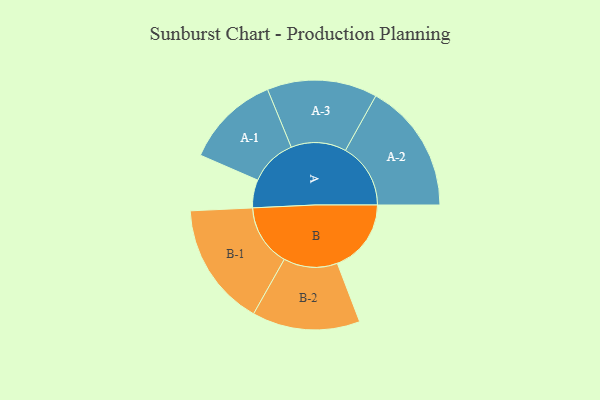
{"axis": {"x": "Segment", "y": "Value"}, "legend": ["", "A", "B"], "data": [{"x": "A", "y": 122, "type": ""}, {"x": "B", "y": 322, "type": ""}, {"x": "A-1", "y": 206, "type": "A"}, {"x": "A-2", "y": 284, "type": "A"}, {"x": "A-3", "y": 240, "type": "A"}, {"x": "B-1", "y": 270, "type": "B"}, {"x": "B-2", "y": 235, "type": "B"}]}